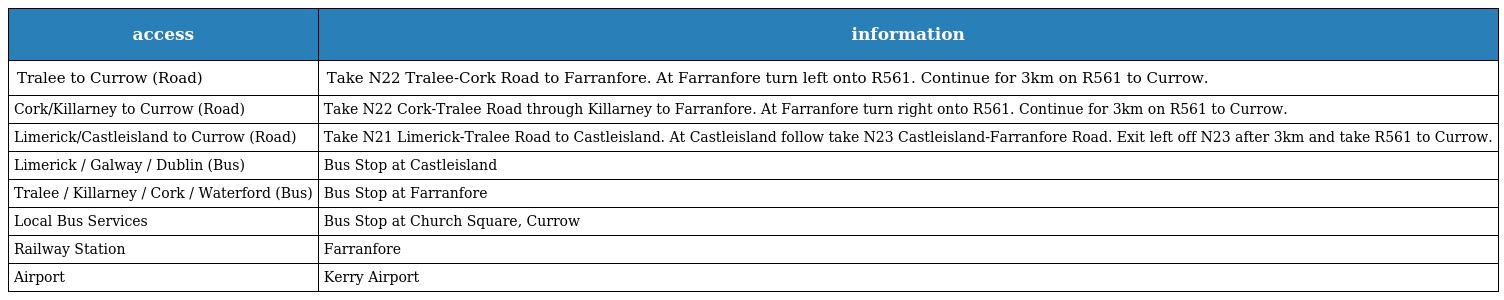
| access | information |
 | --- | --- |
 | Tralee to Currow (Road) | Take N22 Tralee-Cork Road to Farranfore. At Farranfore turn left onto R561. Continue for 3km on R561 to Currow. |
 | Cork/Killarney to Currow (Road) | Take N22 Cork-Tralee Road through Killarney to Farranfore. At Farranfore turn right onto R561. Continue for 3km on R561 to Currow. |
 | Limerick/Castleisland to Currow (Road) | Take N21 Limerick-Tralee Road to Castleisland. At Castleisland follow take N23 Castleisland-Farranfore Road. Exit left off N23 after 3km and take R561 to Currow. |
 | Limerick / Galway / Dublin (Bus) | Bus Stop at Castleisland |
 | Tralee / Killarney / Cork / Waterford (Bus) | Bus Stop at Farranfore |
 | Local Bus Services | Bus Stop at Church Square, Currow |
 | Railway Station | Farranfore |
 | Airport | Kerry Airport |